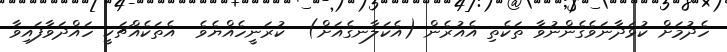
ހެދުމަށް ކުޅަދާނަވެގެންނުވާ ތަކެތި އެއުރެން (އެކަލާނގެއަށް)  ކުރަނީހެއްޔެވެ  އެތަކެއްޗަކީ ހައްދަވާފައިވާ